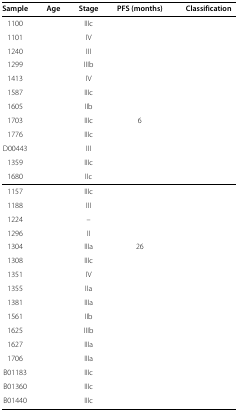
<table><thead><tr><td><b>Sample</b></td><td><b>Age</b></td><td><b>Stage</b></td><td><b>PFS (months)</b></td><td><b>Classification</b></td></tr></thead><tbody><tr><td>1100</td><td>[EMPTY_CELL]</td><td>IIIc</td><td>[EMPTY_CELL]</td><td>[EMPTY_CELL]</td></tr><tr><td>1101</td><td>[EMPTY_CELL]</td><td>IV</td><td>[EMPTY_CELL]</td><td>[EMPTY_CELL]</td></tr><tr><td>1240</td><td>[EMPTY_CELL]</td><td>III</td><td>[EMPTY_CELL]</td><td>[EMPTY_CELL]</td></tr><tr><td>1299</td><td>[EMPTY_CELL]</td><td>IIIb</td><td>[EMPTY_CELL]</td><td>[EMPTY_CELL]</td></tr><tr><td>1413</td><td>[EMPTY_CELL]</td><td>IV</td><td>[EMPTY_CELL]</td><td>[EMPTY_CELL]</td></tr><tr><td>1587</td><td>[EMPTY_CELL]</td><td>IIIc</td><td>[EMPTY_CELL]</td><td>[EMPTY_CELL]</td></tr><tr><td>1605</td><td>[EMPTY_CELL]</td><td>IIb</td><td>[EMPTY_CELL]</td><td>[EMPTY_CELL]</td></tr><tr><td>1703</td><td>[EMPTY_CELL]</td><td>IIIc</td><td>6</td><td>[EMPTY_CELL]</td></tr><tr><td>1776</td><td>[EMPTY_CELL]</td><td>IIIc</td><td>[EMPTY_CELL]</td><td>[EMPTY_CELL]</td></tr><tr><td>D00443</td><td>[EMPTY_CELL]</td><td>III</td><td>[EMPTY_CELL]</td><td>[EMPTY_CELL]</td></tr><tr><td>1359</td><td>[EMPTY_CELL]</td><td>IIIc</td><td>[EMPTY_CELL]</td><td>[EMPTY_CELL]</td></tr><tr><td>1680</td><td>[EMPTY_CELL]</td><td>IIc</td><td>[EMPTY_CELL]</td><td>[EMPTY_CELL]</td></tr><tr><td>1157</td><td>[EMPTY_CELL]</td><td>IIIc</td><td>[EMPTY_CELL]</td><td>[EMPTY_CELL]</td></tr><tr><td>1188</td><td>[EMPTY_CELL]</td><td>III</td><td>[EMPTY_CELL]</td><td>[EMPTY_CELL]</td></tr><tr><td>1224</td><td>[EMPTY_CELL]</td><td>–</td><td>[EMPTY_CELL]</td><td>[EMPTY_CELL]</td></tr><tr><td>1296</td><td>[EMPTY_CELL]</td><td>II</td><td>[EMPTY_CELL]</td><td>[EMPTY_CELL]</td></tr><tr><td>1304</td><td>[EMPTY_CELL]</td><td>IIIa</td><td>26</td><td>[EMPTY_CELL]</td></tr><tr><td>1308</td><td>[EMPTY_CELL]</td><td>IIIc</td><td>[EMPTY_CELL]</td><td>[EMPTY_CELL]</td></tr><tr><td>1351</td><td>[EMPTY_CELL]</td><td>IV</td><td>[EMPTY_CELL]</td><td>[EMPTY_CELL]</td></tr><tr><td>1355</td><td>[EMPTY_CELL]</td><td>IIa</td><td>[EMPTY_CELL]</td><td>[EMPTY_CELL]</td></tr><tr><td>1381</td><td>[EMPTY_CELL]</td><td>IIIa</td><td>[EMPTY_CELL]</td><td>[EMPTY_CELL]</td></tr><tr><td>1561</td><td>[EMPTY_CELL]</td><td>IIb</td><td>[EMPTY_CELL]</td><td>[EMPTY_CELL]</td></tr><tr><td>1625</td><td>[EMPTY_CELL]</td><td>IIIb</td><td>[EMPTY_CELL]</td><td>[EMPTY_CELL]</td></tr><tr><td>1627</td><td>[EMPTY_CELL]</td><td>IIIa</td><td>[EMPTY_CELL]</td><td>[EMPTY_CELL]</td></tr><tr><td>1706</td><td>[EMPTY_CELL]</td><td>IIIa</td><td>[EMPTY_CELL]</td><td>[EMPTY_CELL]</td></tr><tr><td>B01183</td><td>[EMPTY_CELL]</td><td>IIIc</td><td>[EMPTY_CELL]</td><td>[EMPTY_CELL]</td></tr><tr><td>B01360</td><td>[EMPTY_CELL]</td><td>IIIc</td><td>[EMPTY_CELL]</td><td>[EMPTY_CELL]</td></tr><tr><td>B01440</td><td>[EMPTY_CELL]</td><td>IIIc</td><td>[EMPTY_CELL]</td><td>[EMPTY_CELL]</td></tr></tbody></table>